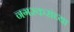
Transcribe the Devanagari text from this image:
नगरकरांच्या